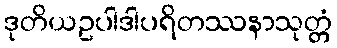
ဒုတိယဥပါဒါပရိတဿနာသုတ္တံ